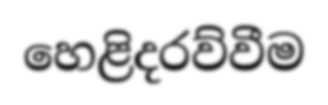
හෙළිදරව්වීම